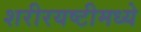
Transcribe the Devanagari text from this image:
शरीरयष्टीमध्ये